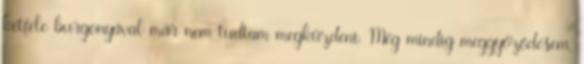
kétféle burgonyával már nem tudtam megküzdeni. Még mindig meggyőződésem,